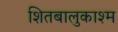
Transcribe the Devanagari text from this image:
शितबालुकाश्म